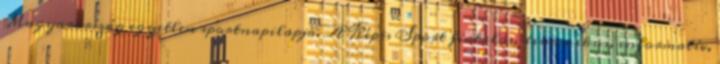
Magyarország egyetlen sportnapilapja. A Képes Sport fiatalos, dinamikus, informatív,